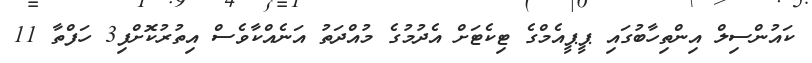
ކައުންސިލް އިންތިހާބުގައި ޕީޕީއެމްގެ ޓިކެޓަށް އެދުމުގެ މުއްދަތު އަނެއްކާވެސް އިތުރުކޮށްފި3 ހަފްތާ 11